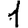
Digit: 1